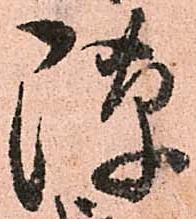
隙